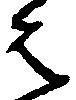
は